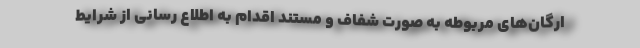
ارگان‌های مربوطه به صورت شفاف و مستند اقدام به اطلاع رسانی از شرایط